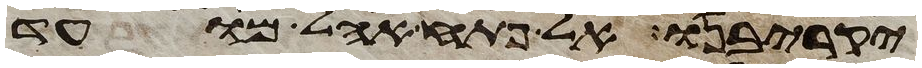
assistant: יקריבנו אל פתח אהל מועד